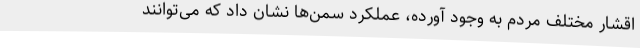
اقشار مختلف مردم به وجود آورده، عملکرد سمن‌ها نشان داد که می‌توانند